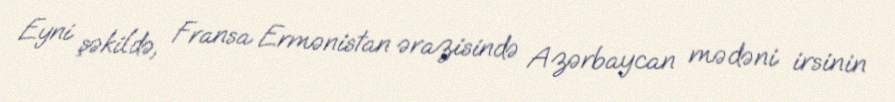
Eyni şəkildə, Fransa Ermənistan ərazisində Azərbaycan mədəni irsinin